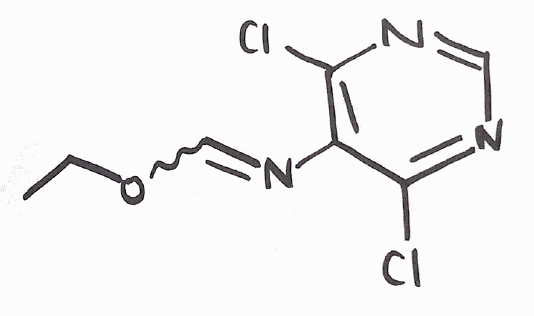
Simplified molecular-input line-entry system (SMILES) notation of the given molecule:
CCOC=NC1=C(N=CN=C1Cl)Cl